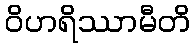
ဝိဟရိဿာမီတိ